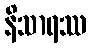
နိသာရဿ